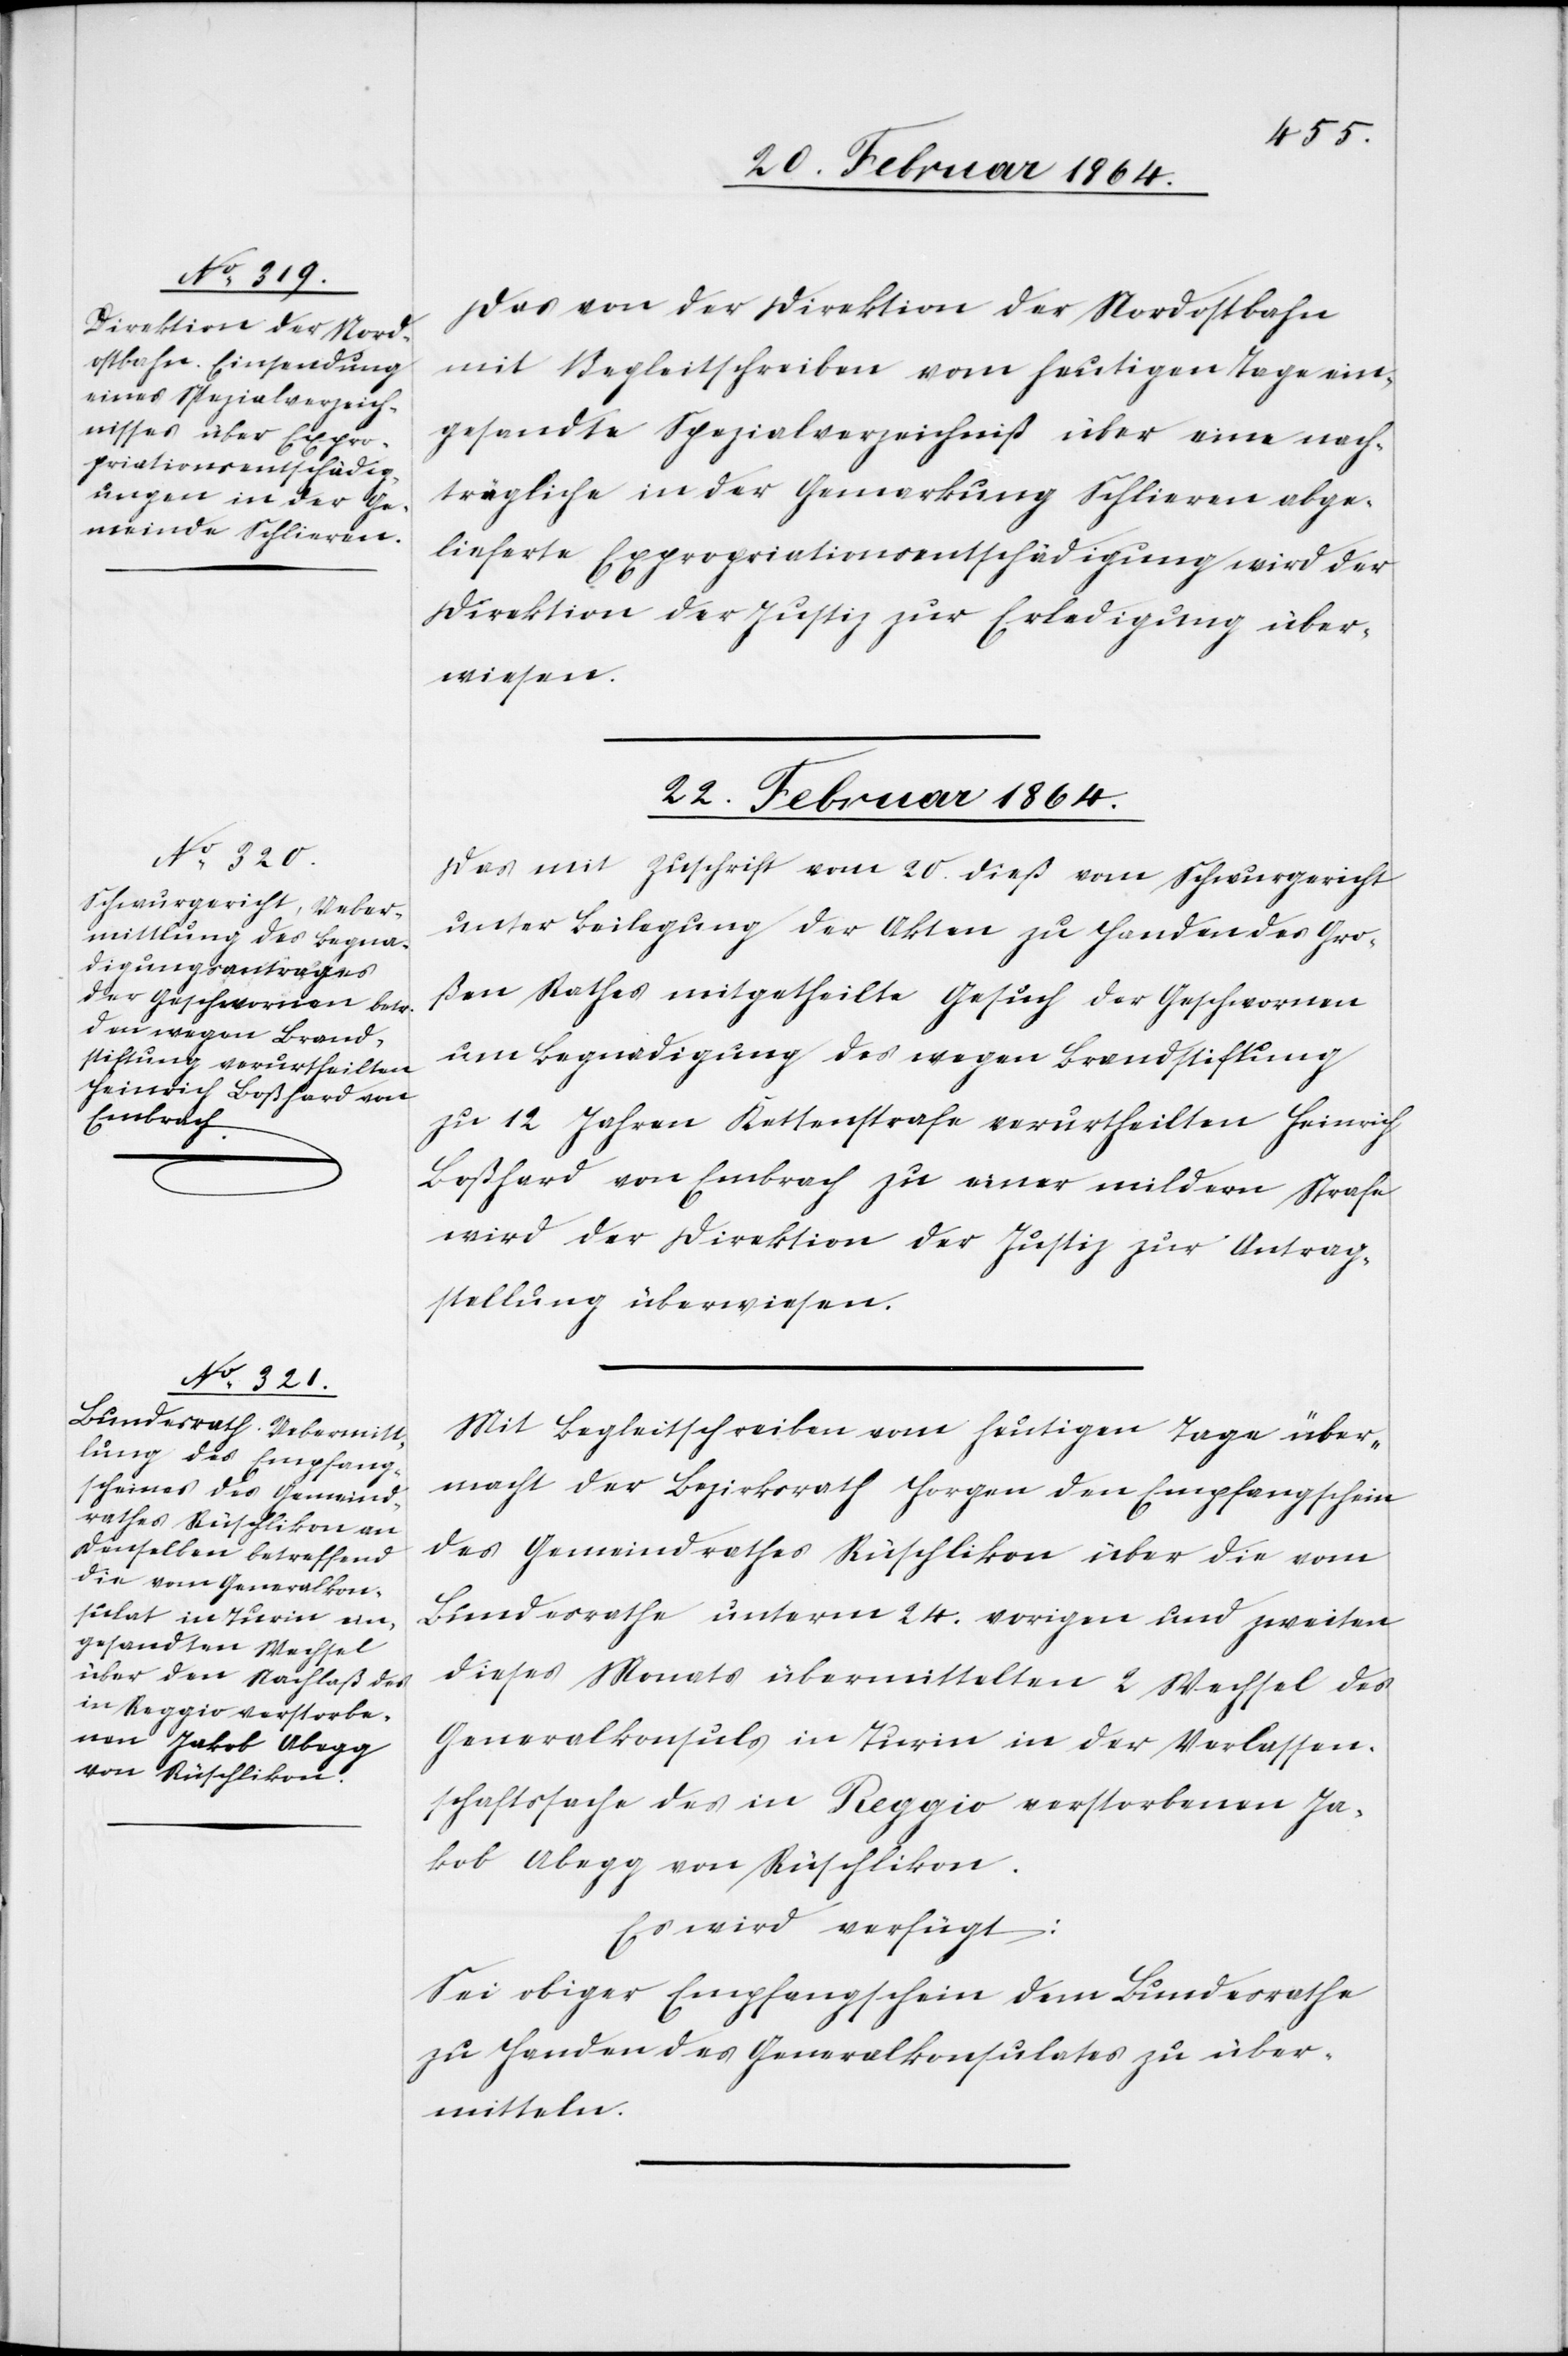
20. Februar 1864.]
Das von der Direktion der Nordostbahn
mit Begleitschreiben vom heutigen Tage ein¬
gesandte Spezialverzeichniß über eine nach¬
trägliche in der Gemarkung Schlieren abge¬
lieferte Expropriationsentschädigung wird der
Direktion der Justiz zur Erledigung über¬
wiesen.
22. Februar 1864.]
Das mit Zuschrift vom 20. dieß vom Schwurgericht
unter Beilegung der Akten zu Handen des Gro¬
ßen Rathes mitgetheilte Gesuch der Geschworenen
um Begnadigung des wegen Brandstiftung
zu 12 Jahren Kettenstrafe verurtheilten Heinrich
Boßhard von Embrach zu einer mildern Strafe
wird der Direktion der Justiz zur Antrag¬
stellung überwiesen.
Mit Begleitschreiben vom heutigen Tage über¬
macht der Bezirksrath Horgen den Empfangschein
des Gemeindrathes Rüschlikon über die vom
Bundesrathe unterm 24. vorigen und zweiten
dieses Monats übermittelten 2 Wechsel des
Generalkonsuls in Turin in der Verlassen¬
schaftssache der in Reggio verstorbenen Ja¬
kob Abegg von Rüschlikon.
Es wird verfügt:
Sei obiger Empfangschein dem Bundesrathe
zu Handen des Generalkonsulates zu über¬
mitteln.